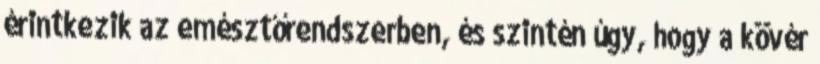
érintkezik az emésztőrendszerben, és szintén úgy, hogy a kövér